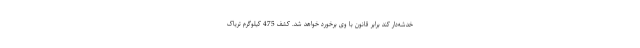
خدشه‌دار کند برابر قانون با وی برخورد خواهد شد. کشف 475 کیلوگرم تریاک